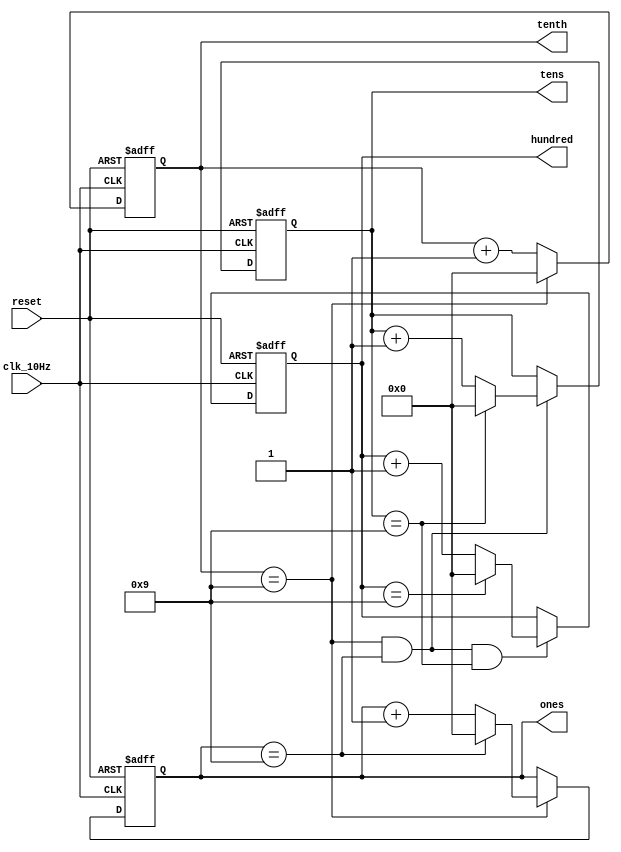
`timescale 1ns / 1ps
//////////////////////////////////////////////////////////////////////////////////
// Company: 
// Engineer: 
// 
// Design Name: 
// Module Name: digits
// Project Name: 
// Target Devices: 
// Tool Versions: 
// Description: 
// 
// Dependencies: 
// 
// Revision:
// Revision 0.01 - File Created
// Additional Comments:
// 
//////////////////////////////////////////////////////////////////////////////////

//Decimals bits incrementer with reset control
module digits( 
    input clk_10Hz,
    input reset,
    output reg [3:0] tenth, //to hold value for display 1 0-9
    output reg [3:0] ones, //to hold value for display 2 0-9
    output reg [3:0] tens, //to hold value for display 3 0-9
    output reg [3:0] hundred //To hold value for display 4 0-9
    );
    
    

    //tenth increment control
    always@(posedge clk_10Hz or posedge reset)   begin
        if(reset)
            tenth <=0;
            
        else
            
                if(tenth == 9 )
                    tenth <=0;
                else
                    tenth <= tenth+1;    
    
    end
    
    //ones increment control
    always@(posedge clk_10Hz or posedge reset)   begin
        if(reset)
            ones <=0;
            
        else
            if(tenth==9)
                if(ones == 9 )
                    ones <=0;
                else
                    ones <= ones+1;    
    
    end
    
    //tens increment control
    always@(posedge clk_10Hz or posedge reset)   begin
        if(reset)
            tens <=0;
            
        else
            if(tenth==9 && ones==9)
                if(tens==9)
                    tens <=0;
                else
                    tens <= tens+1;    
    
    end
    
    //hundred increment control
    always@(posedge clk_10Hz or posedge reset)   begin
        if(reset)
            hundred <=0;
            
        else
            if(tenth==9 /*&& hundredth==9 */&& ones==9 && tens==9)
                if(hundred==9)
                    hundred <=0;
                else
                    hundred <= hundred+1;    
        
    end
endmodule